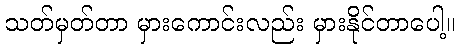
သတ်မှတ်တာ မှားကောင်းလည်း မှားနိုင်တာပေါ့။